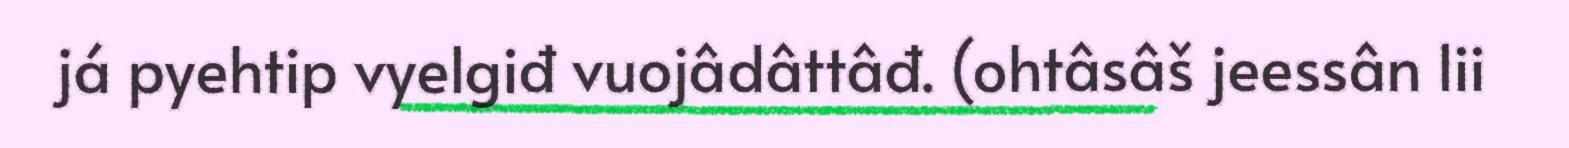
já pyehtip vyelgiđ vuojâdâttâđ. (ohtâsâš jeessân lii